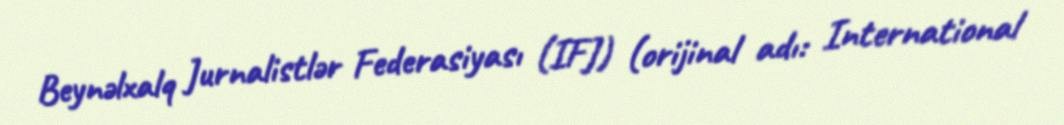
Beynəlxalq Jurnalistlər Federasiyası (IFJ) (orijinal adı: International